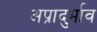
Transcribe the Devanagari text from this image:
अप्रादुर्भाव